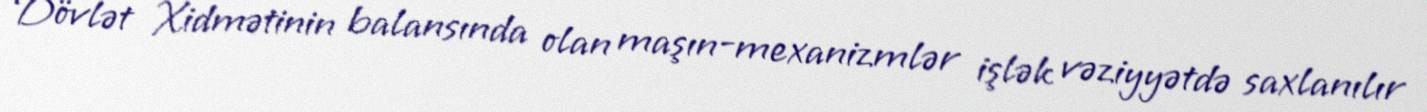
Dövlət Xidmətinin balansında olan maşın-mexanizmlər işlək vəziyyətdə saxlanılır